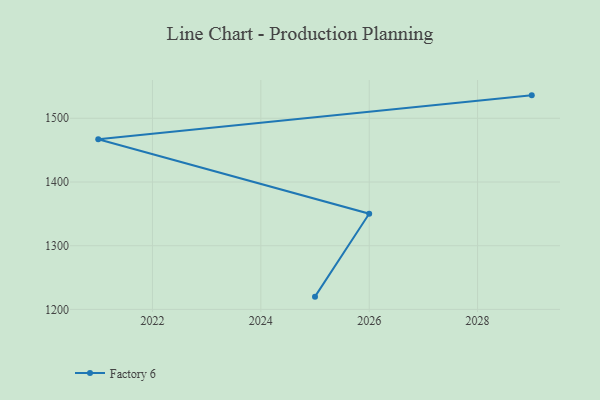
{"axis": {"x": "Year", "y": "Waste Production (Tons)"}, "legend": ["Factory 6"], "data": [{"x": "2025", "y": 1220.0, "type": "Factory 6"}, {"x": "2026", "y": 1350.2, "type": "Factory 6"}, {"x": "2021", "y": 1467.1, "type": "Factory 6"}, {"x": "2029", "y": 1536.0, "type": "Factory 6"}]}